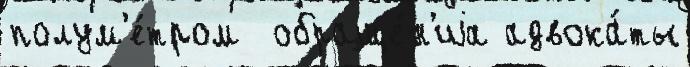
полум'е́тром  обраще́н'иjа адвока́ты